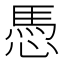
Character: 𢟀